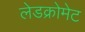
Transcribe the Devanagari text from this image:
लेडक्रोमेट